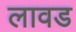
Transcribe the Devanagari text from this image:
लावड